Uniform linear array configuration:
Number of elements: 12
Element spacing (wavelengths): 0.5
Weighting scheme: exponential
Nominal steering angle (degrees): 45
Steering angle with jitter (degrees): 44.888
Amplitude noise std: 0.05
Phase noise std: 0.05

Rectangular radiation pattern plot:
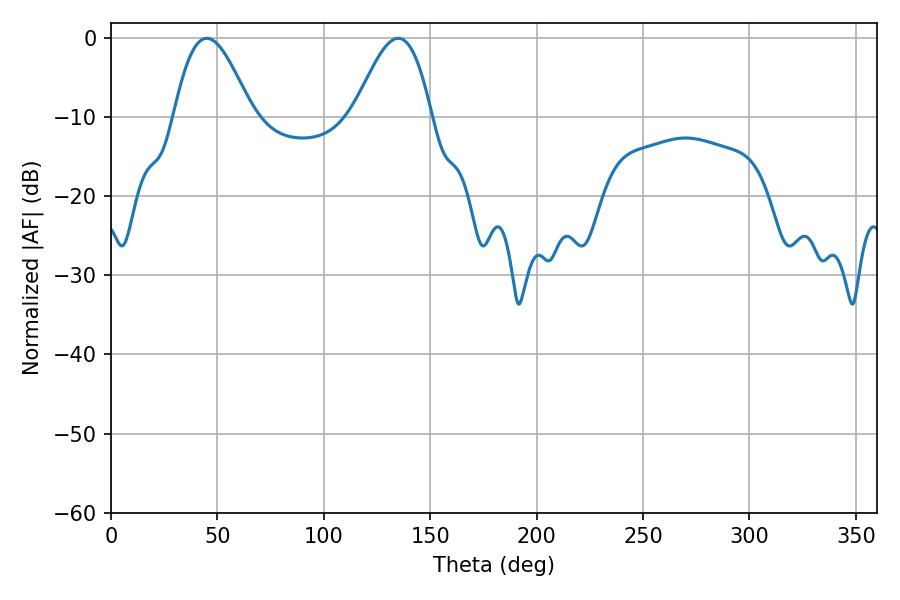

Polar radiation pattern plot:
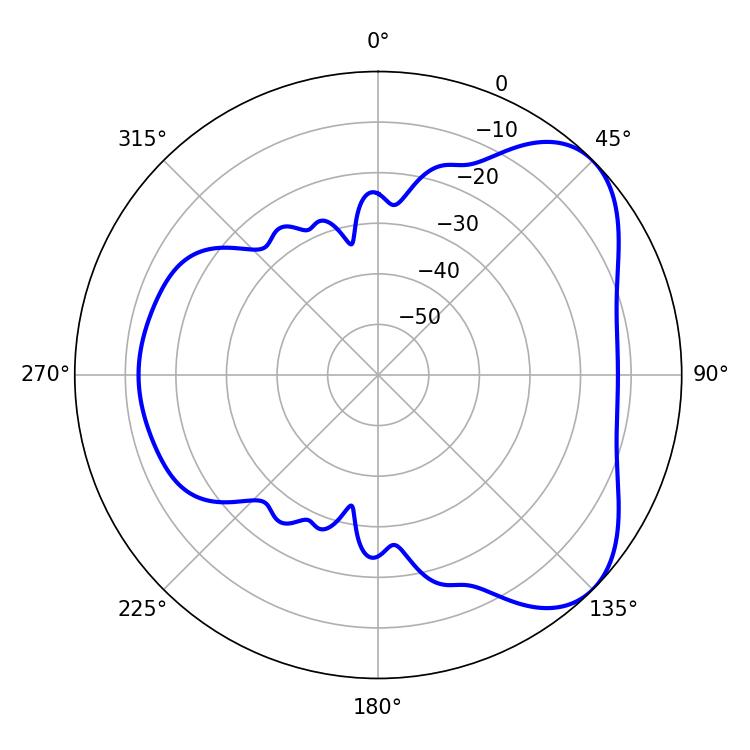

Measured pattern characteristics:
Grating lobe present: FALSE
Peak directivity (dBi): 5.672
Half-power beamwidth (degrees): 19.62
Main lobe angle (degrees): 45